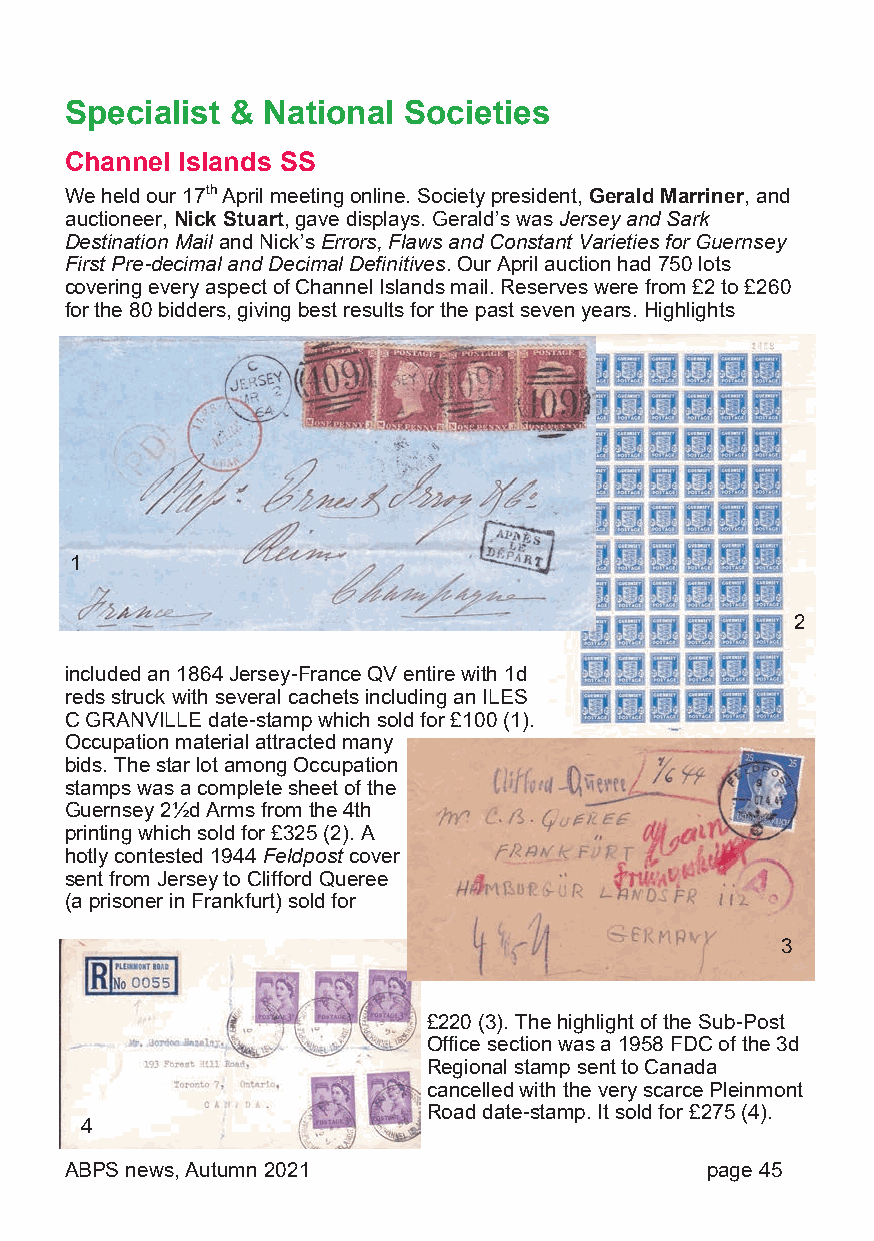
Specialist & National  Societies
 Channel Islands SS
 We held our 17th April meeting online. Society president, Gerald Marriner, and
 auctioneer, Nick Stuart, gave displays. Gerald’s was Jersey and Sark
 Destination Mail and Nick’s Errors, Flaws and Constant Varieties for Guernsey
 First Pre-decimal and Decimal Definitives. Our April auction had 750 lots
 covering every aspect of Channel Islands mail. Reserves were from £2 to £260
 for the 80 bidders, giving best results for the past seven years. Highlights
 1
 2
 included an 1864 Jersey-France QV entire with 1d
 reds struck with several cachets including an ILES
 C GRANVILLE date-stamp which sold for £100 (1).
 Occupation material attracted many
 bids. The star lot among Occupation
 stamps was a complete sheet of the
 Guernsey 2½d Arms from the 4th
 printing which sold for £325 (2). A
 hotly contested 1944 Feldpost cover
 sent from Jersey to Clifford Queree
 (a prisoner in Frankfurt) sold for
 3
 £220 (3). The highlight of the Sub-Post
 Office section was a 1958 FDC of the 3d
 Regional stamp sent to Canada
 cancelled with the very scarce Pleinmont
 Road date-stamp. It sold for £275 (4).
 4
 ABPS news, Autumn 2021                     page 45